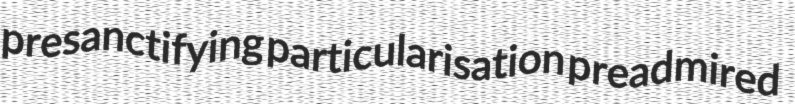
presanctifying particularisation preadmired